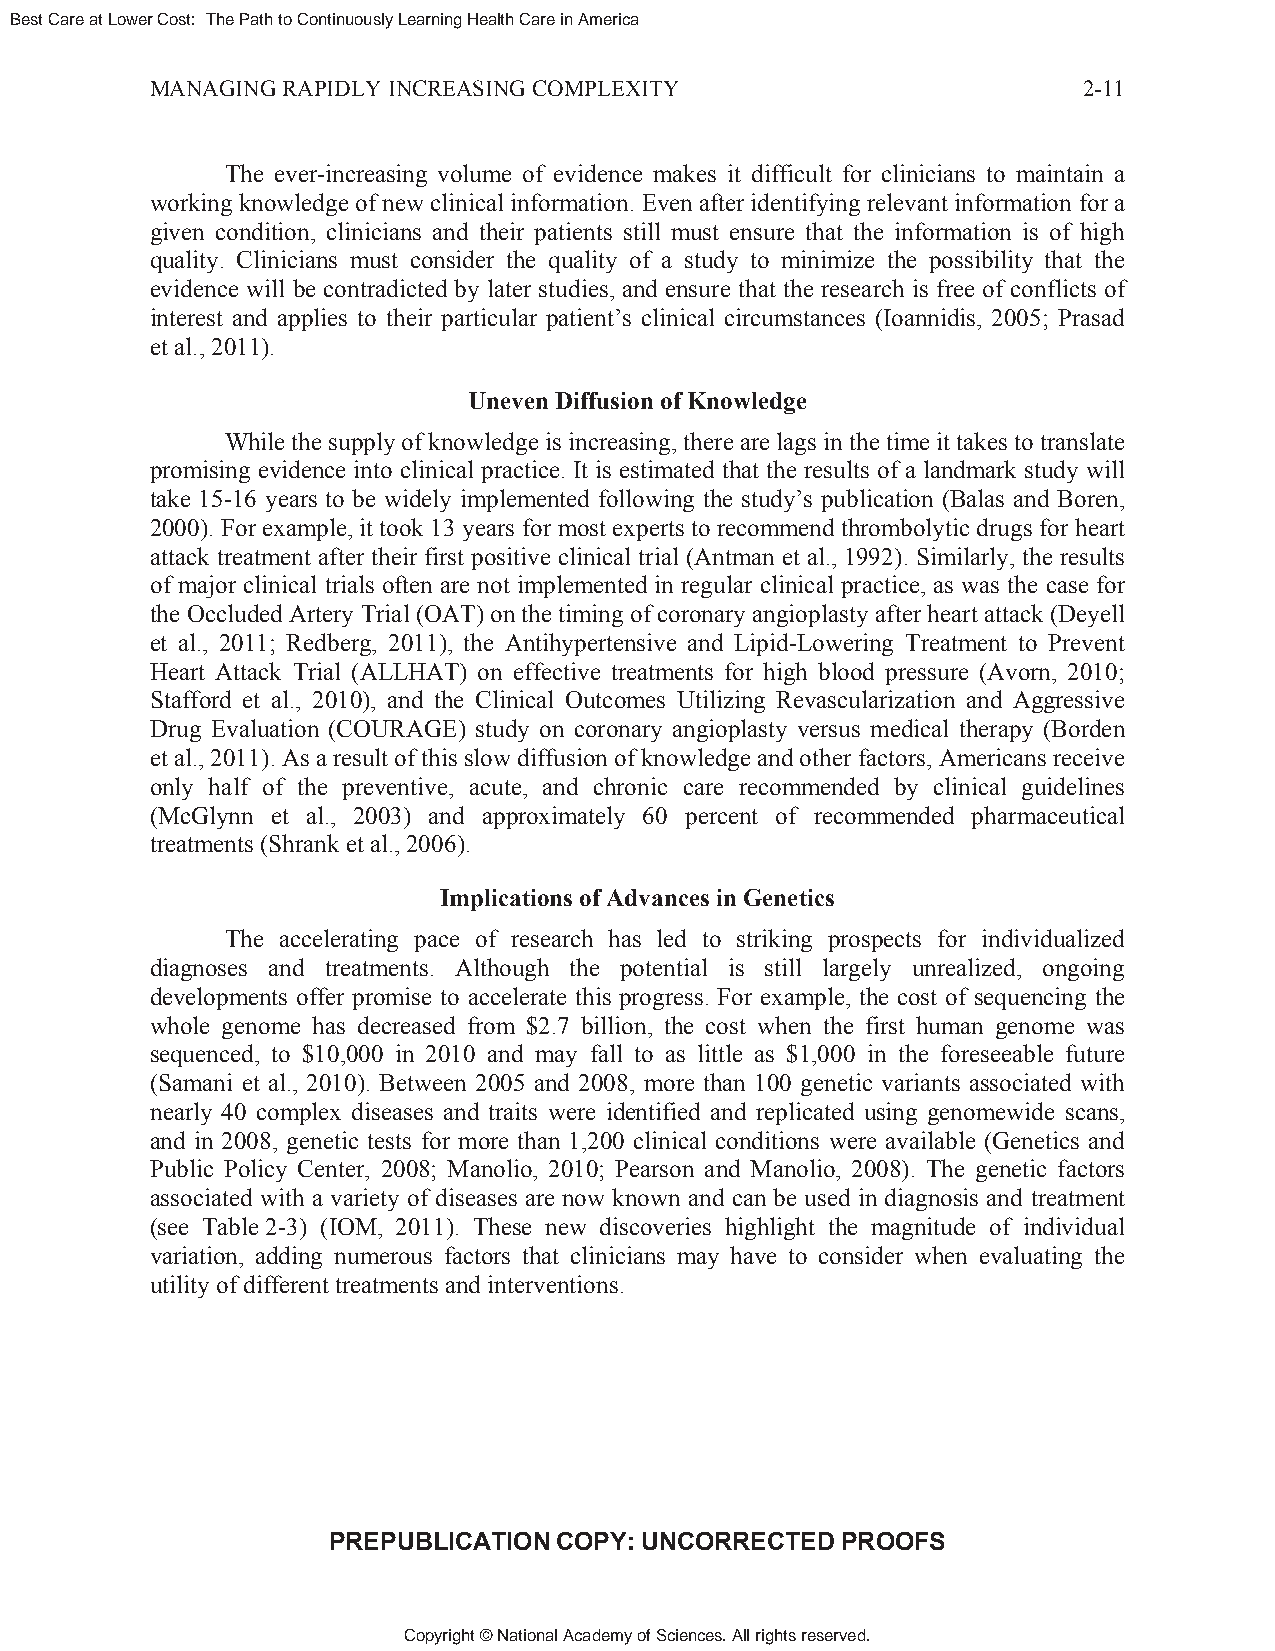
Best Care at Lower Cost: The Path to Continuously Learning Health Care in America
 MANAGING RAPIDLY INCREASING COMPLEXITY                        2-11
 The ever-increasing volume of evidence makes it difficult for clinicians to maintain a
 working knowledge of new clinical information. Even after identifying relevant information for a
 given condition, clinicians and their patients still must ensure that the information is of high
 quality. Clinicians must consider the quality of a study to minimize the possibility that the
 evidence will be contradicted by later studies, and ensure that the research is free of conflicts of
 interest and applies to their particular patient’s clinical circumstances (Ioannidis, 2005; Prasad
 et al., 2011).
 Uneven Diffusion of Knowledge
 While the supply of knowledge is increasing, there are lags in the time it takes to translate
 promising evidence into clinical practice. It is estimated that the results of a landmark study will
 take 15-16 years to be widely implemented following the study’s publication (Balas and Boren,
 2000). For example, it took 13 years for most experts to recommend thrombolytic drugs for heart
 attack treatment after their first positive clinical trial (Antman et al., 1992). Similarly, the results
 of major clinical trials often are not implemented in regular clinical practice, as was the case for
 the Occluded Artery Trial (OAT) on the timing of coronary angioplasty after heart attack (Deyell
 et al., 2011; Redberg, 2011), the Antihypertensive and Lipid-Lowering Treatment to Prevent
 Heart Attack Trial (ALLHAT) on effective treatments for high blood pressure (Avorn, 2010;
 Stafford et al., 2010), and the Clinical Outcomes Utilizing Revascularization and Aggressive
 Drug Evaluation (COURAGE) study on coronary angioplasty versus medical therapy (Borden
 et al., 2011). As a result of this slow diffusion of knowledge and other factors, Americans receive
 only half of the preventive, acute, and chronic care recommended by clinical guidelines
 (McGlynn et al., 2003) and approximately 60 percent of recommended pharmaceutical
 treatments (Shrank et al., 2006).
 Implications of Advances in Genetics
 The accelerating pace of research has led to striking prospects for individualized
 diagnoses and treatments. Although the potential is still largely unrealized, ongoing
 developments offer promise to accelerate this progress. For example, the cost of sequencing the
 whole genome has decreased from $2.7 billion, the cost when the first human genome was
 sequenced, to $10,000 in 2010 and may fall to as little as $1,000 in the foreseeable future
 (Samani et al., 2010). Between 2005 and 2008, more than 100 genetic variants associated with
 nearly 40 complex diseases and traits were identified and replicated using genomewide scans,
 and in 2008, genetic tests for more than 1,200 clinical conditions were available (Genetics and
 Public Policy Center, 2008; Manolio, 2010; Pearson and Manolio, 2008). The genetic factors
 associated with a variety of diseases are now known and can be used in diagnosis and treatment
 (see Table 2-3) (IOM, 2011). These new discoveries highlight the magnitude of individual
 variation, adding numerous factors that clinicians may have to consider when evaluating the
 utility of different treatments and interventions.
 PREPUBLICATION COPY: UNCORRECTED  PROOFS
 Copyright © National Academy of Sciences. All rights reserved.